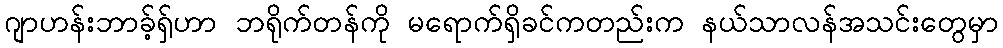
ဂျာဟန်းဘာခ့်ရှ်ဟာ ဘရိုက်တန်ကို မရောက်ရှိခင်ကတည်းက နယ်သာလန်အသင်းတွေမှာ